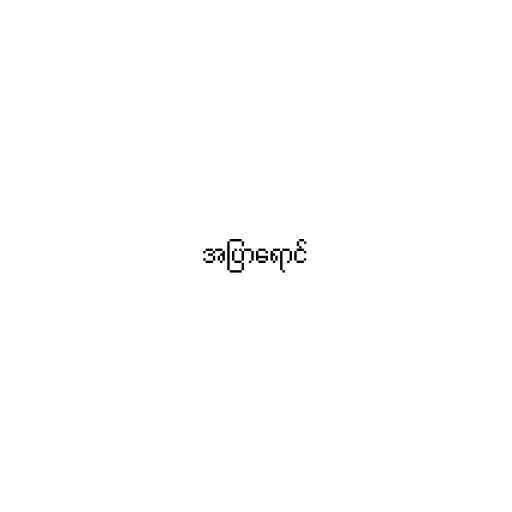
အပြာရောင်